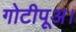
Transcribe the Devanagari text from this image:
गोटीपूअ।